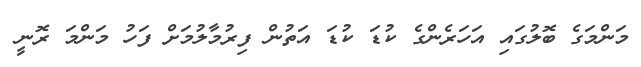
މަންމަގެ ބޮލުގައި އަހަރެންގެ ކުޑަ ކުޑަ އަތުން ފިރުމާލުމަށް ފަހު މަންމަ ރޮނީ